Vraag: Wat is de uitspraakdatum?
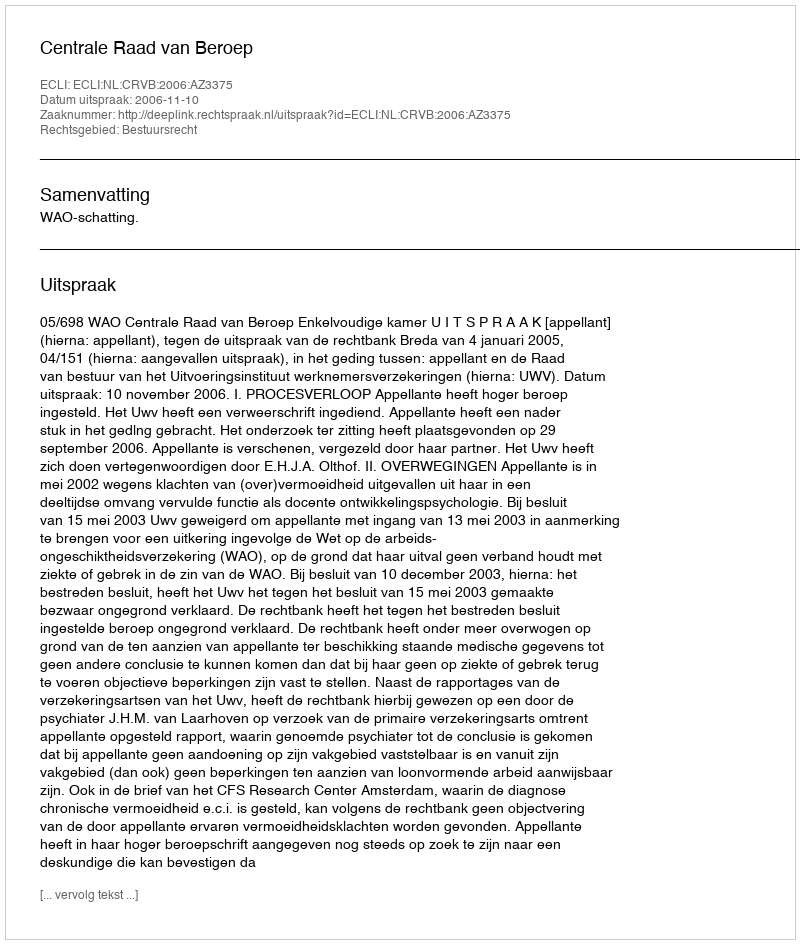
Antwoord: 2006-11-10